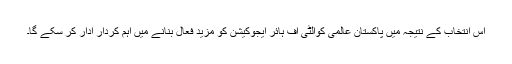
اس انتخاب کے نتیجہ میں پاکستان عالمی کوالٹی آف ہائر ایجوکیشن کو مزید فعال بنانے میں اہم کردار ادار کر سکے گا۔